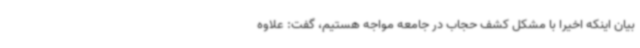
بیان اینکه اخیراً با مشکل کشف حجاب در جامعه مواجه هستیم، گفت: علاوه